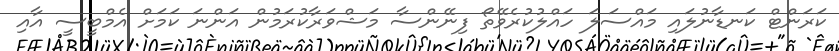
ކަރަންޓް ކަނޑާނުލައި މައްސަލަ ހައްލުކުރެވޭތޯ ފިނޭންސާ މަޝްވަރާކުރަމުން އަންނަ ކަމަށް އެމްބީސީ އާއި